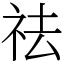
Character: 祛